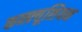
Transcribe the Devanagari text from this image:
कन्फ़्यूशियन